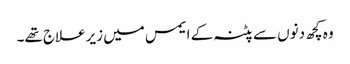
وہ کچھ دنوں سے پٹنہ کے ایمس میں زیرعلاج تھے۔